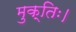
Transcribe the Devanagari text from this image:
मुक्तिः।